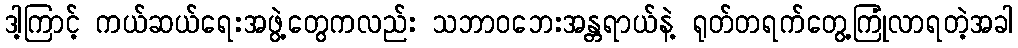
ဒါ့ကြာင့် ကယ်ဆယ်ရေးအဖွဲ့တွေကလည်း သဘာဝဘေးအန္တရာယ်နဲ့ ရုတ်တရက်တွေ့ကြုံလာရတဲ့အခါ